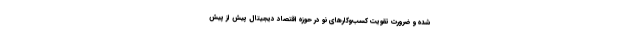
شده و ضرورت تقویت کسب‌وکارهای نو در حوزه اقتصاد دیجیتال پیش از پیش